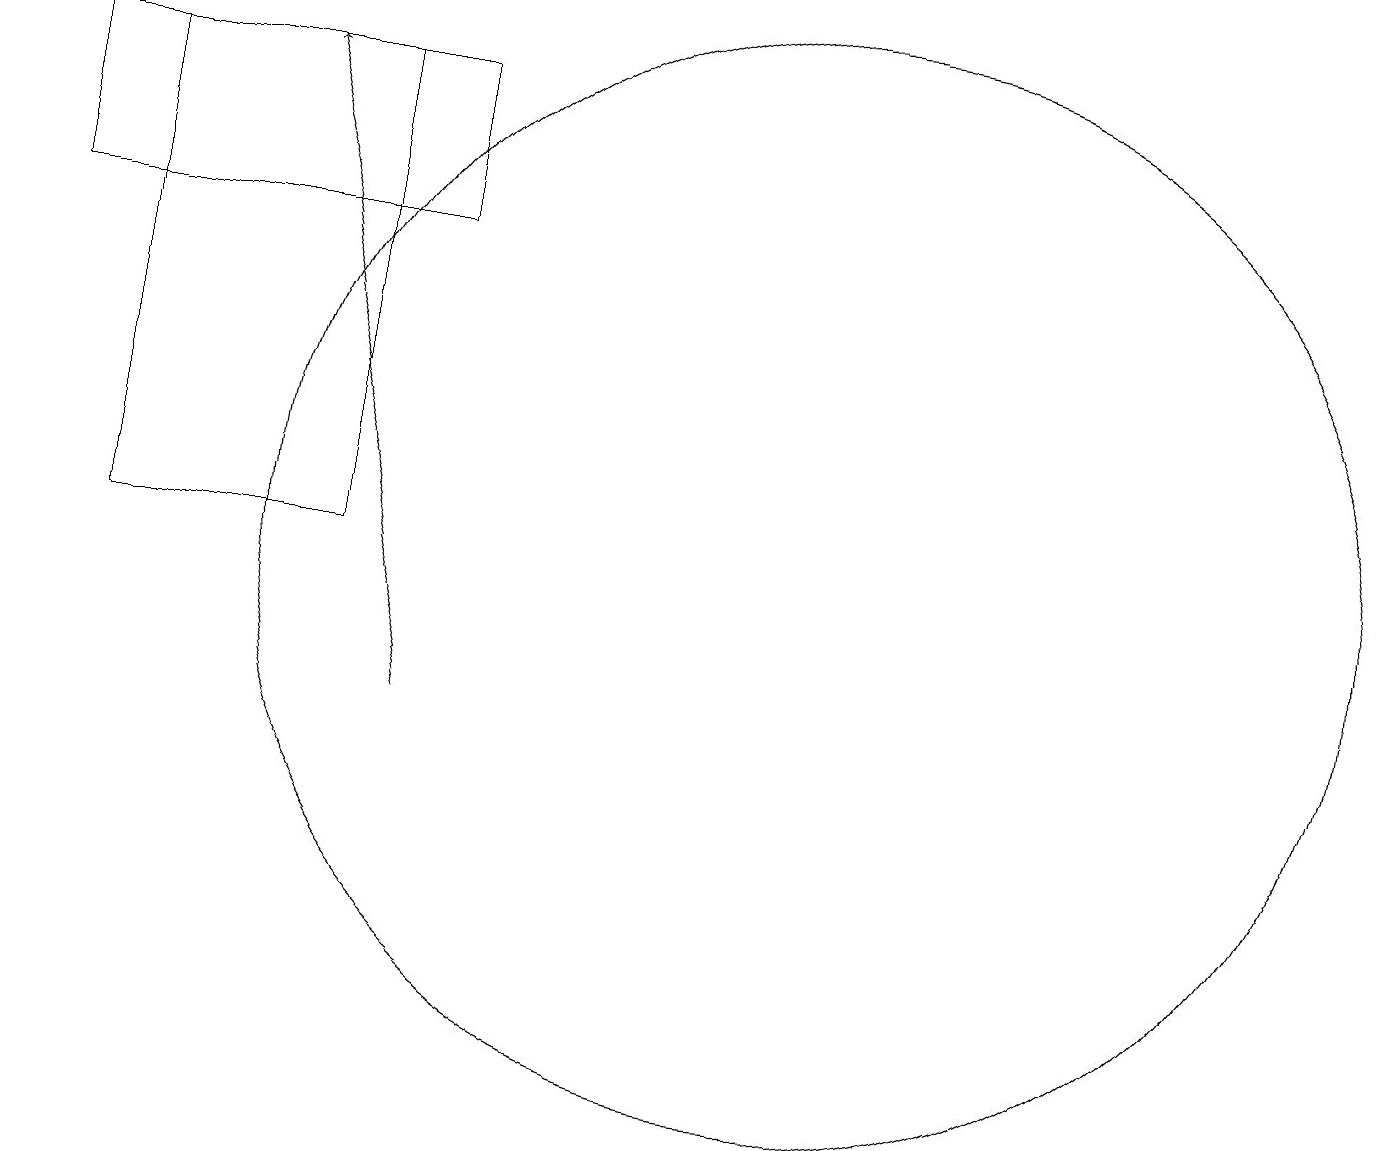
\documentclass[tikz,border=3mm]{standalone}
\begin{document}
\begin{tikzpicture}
\draw (3,12) rectangle (6,18);
\draw (12,12) circle (7);
\draw (7,18) rectangle (2,16);
\draw[->] (7,10) -- (5,18);
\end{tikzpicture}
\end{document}